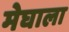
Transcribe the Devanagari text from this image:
मेघाला